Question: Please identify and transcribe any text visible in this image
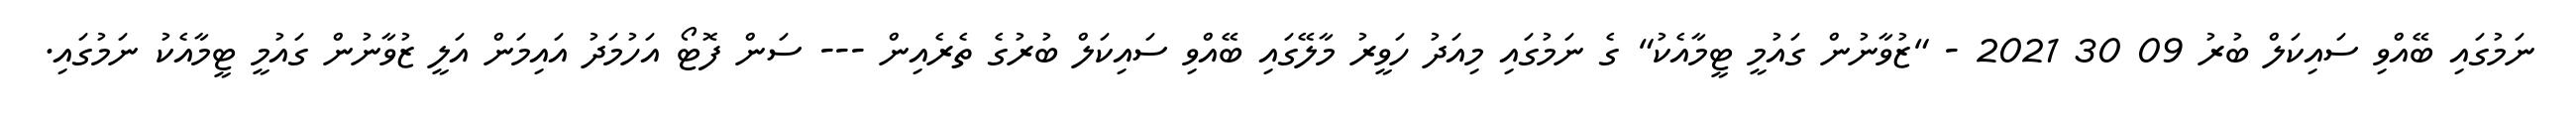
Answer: ނަމުގައި ބޭއްވި ސައިކަލް ބުރު 09 30 2021 - "ޒުވާނުން ގައުމީ ޓީމާއެކު" ގެ ނަމުގައި މިއަދު ހަވީރު މާލޭގައި ބޭއްވި ސައިކަލް ބުރުގެ ތެރެއިން --- ސަން ފޮޓޯ އަހުމަދު އައިމަން އަލީ ޒުވާނުން ގައުމީ ޓީމާއެކު ނަމުގައި.